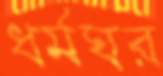
ধর্মঘর